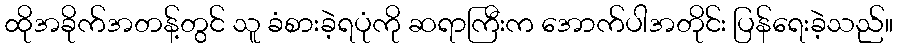
ထိုအခိုက်အတန့်တွင် သူ ခံစားခဲ့ရပုံကို ဆရာကြီးက အောက်ပါအတိုင်း ပြန်ရေးခဲ့သည်။